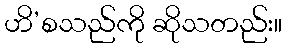
ဟိ’စသည်ကို ဆိုသတည်း။